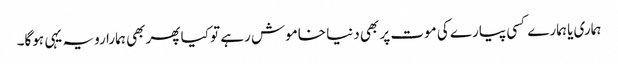
ہماری یا ہمارے کسی پیارے کی موت پر بھی دنیا خاموش رہے تو کیا پھر بھی ہمارا رویہ یہی ہوگا۔